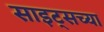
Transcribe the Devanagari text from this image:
साइट्‌सच्या